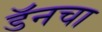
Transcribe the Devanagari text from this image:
डॅनचा